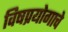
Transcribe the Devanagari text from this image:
विषप्रयोगाचे